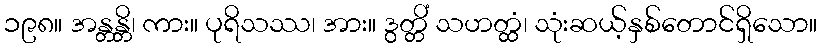
၁၉၈။ အန္တန္တိ၊ ကား။ ပုရိသဿ၊ အား။ ဒွတ္တိံ သဟတ္ထံ၊ သုံးဆယ့်နှစ်တောင်ရှိသော။